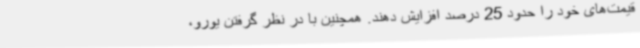
قیمت‌های خود را حدود 25 درصد افزایش دهند. همچنین با در نظر گرفتن یورو،